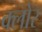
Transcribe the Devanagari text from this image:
क्लोर